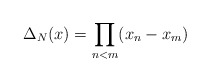
\begin{align*} \Delta_N(x) = \prod_{n<m}(x_n-x_m)\end{align*}